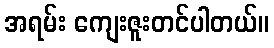
အရမ်း ကျေးဇူးတင်ပါတယ်။